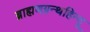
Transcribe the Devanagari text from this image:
ब्राह्मणग्रन्थहिन्दू